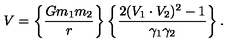
V = \left\{ { \frac { G m _ { 1 } m _ { 2 } } { r } } \right\} \left\{ { \frac { 2 ( V _ { 1 } \cdot V _ { 2 } ) ^ { 2 } - 1 } { \gamma _ { 1 } \gamma _ { 2 } } } \right\} .